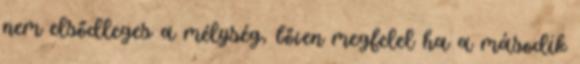
nem elsődleges a mélység, bőven megfelel ha a második